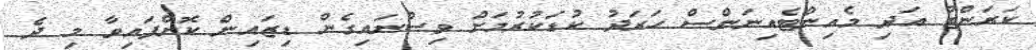
ކަރަންޓު އަދި މެއިންޓެއިނަންސް ހަރަދު ކުޑަކުރުމަށް ވިސްނައިގެން ޑިޒައިން ކޮށްފައިވާ މި ދެ